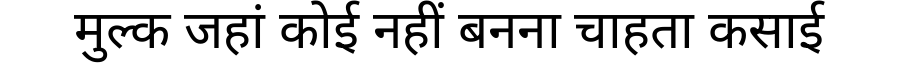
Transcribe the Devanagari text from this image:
मुल्क जहां कोई नहीं बनना चाहता कसाई